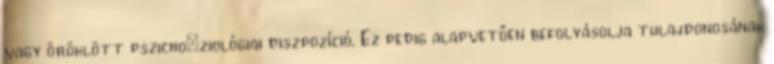
vagy öröklött pszichoﬁziológiai diszpozíció. Ez pedig alapvetően befolyásolja tulajdonosának